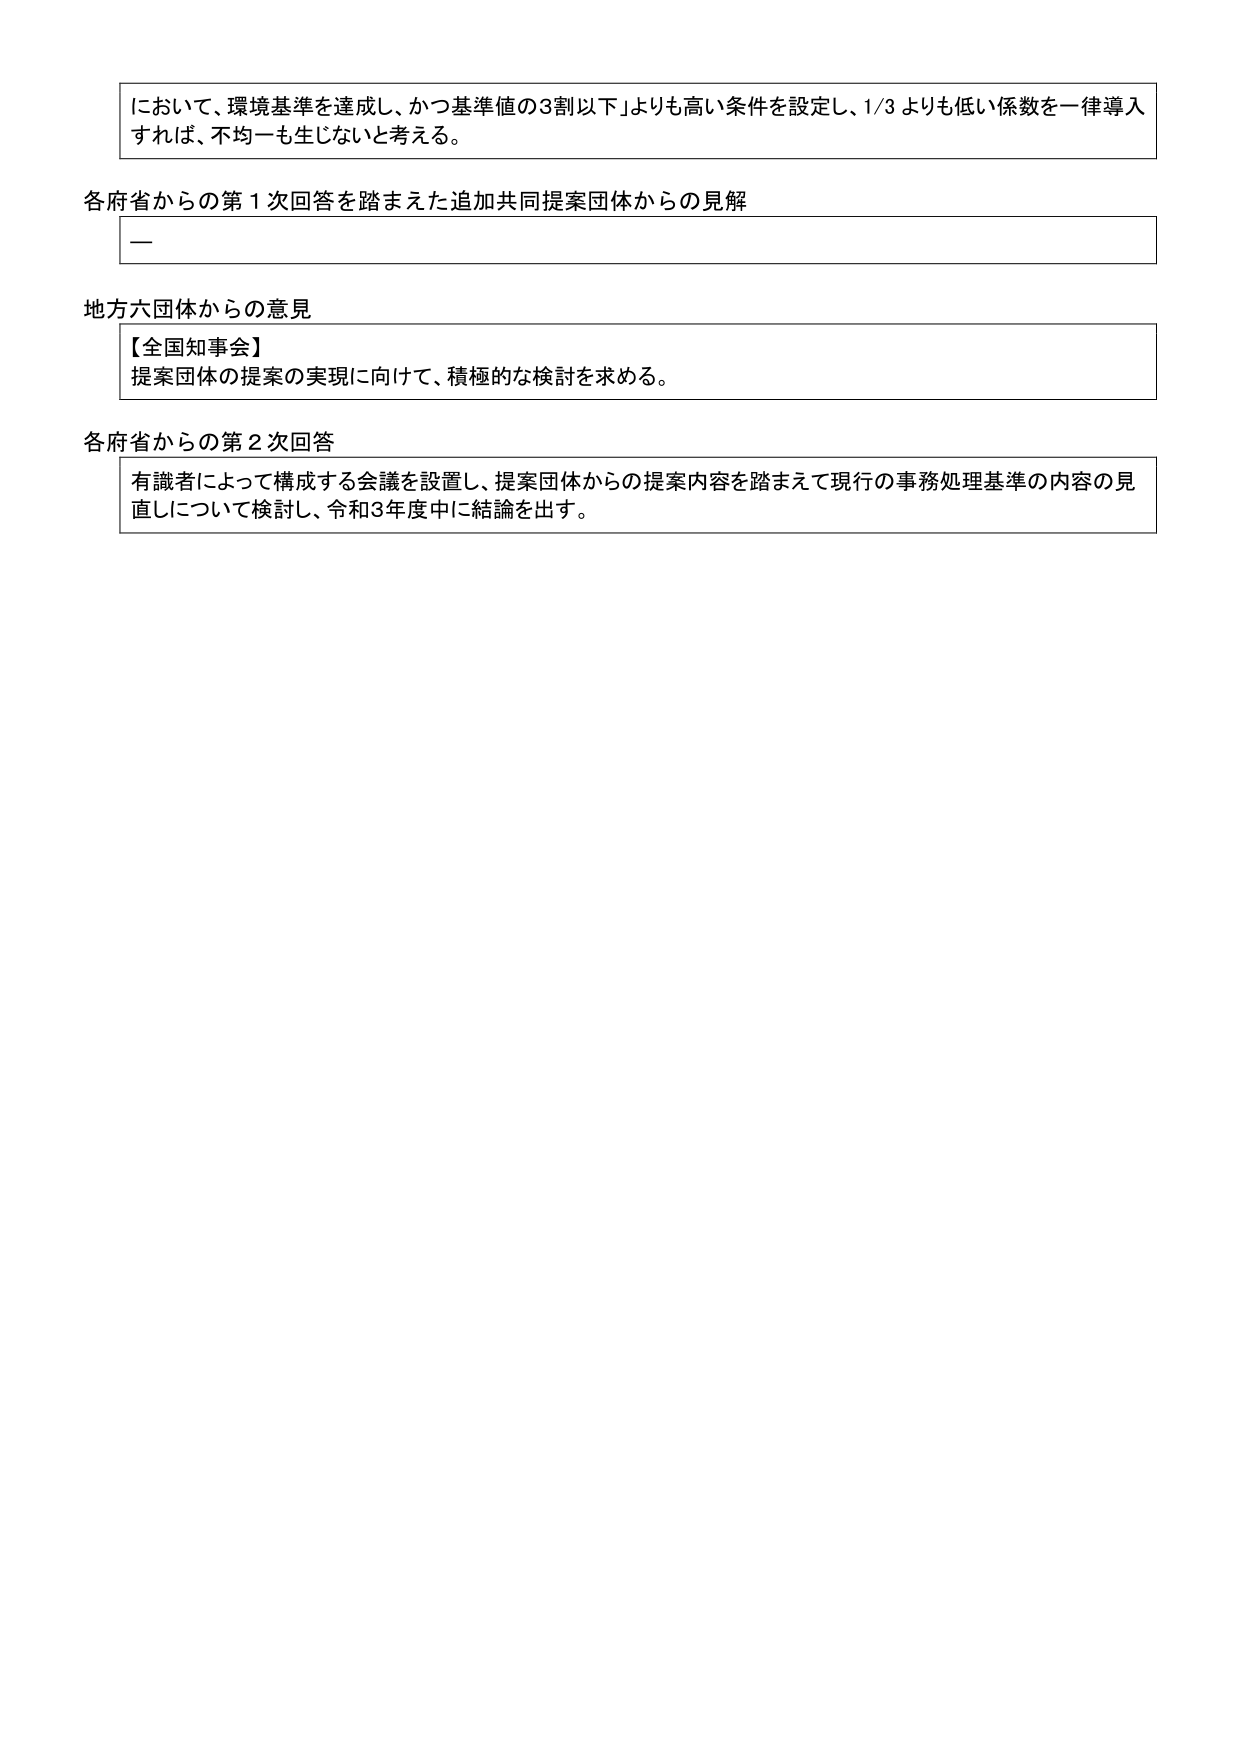
において、環境基準を達成し、かつ基準値の3割以下」よりも高い条件を設定し、1/3よりも低い係数を一律導入すれば、不均一も生じないと考える。

各府省からの第1次回答を踏まえた追加共同提案団体からの見解
—

地方六団体からの意見
【全国知事会】
提案団体の提案の実現に向けて、積極的な検討を求める。

各府省からの第2次回答
有識者によって構成する会議を設置し、提案団体からの提案内容を踏まえて現行の事務処理基準の内容の見直しについて検討し、令和3年度中に結論を出す。